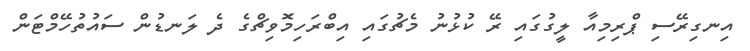
އިނގިރޭސި ޕްރިމިއާ ލީގުގައި ރޭ ކުޅުނު މެޗުގައި އިބްރަހިމޮވިޗްގެ ދެ ލަނޑުން ސައުތުހޭމްޓަން